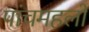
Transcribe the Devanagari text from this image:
पांचमहलों